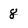
Character: 8